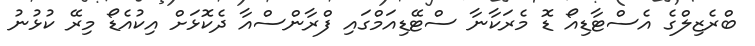
ބްރެޒިލްގެ އެސްޓާޑިއޯ ޑޮ މެރަކާނާ ސްޓޭޑިއަމްގައި ފްރާންސްއާ ދެކޮޅަށް އިކުއެޑޯ މިރޭ ކުޅުނު